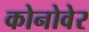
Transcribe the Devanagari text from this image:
कोनोवेर